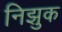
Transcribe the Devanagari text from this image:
निझुक